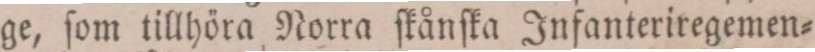
ge, ſom tillhöra Norra ſkånſka Infanteriregemen=